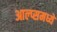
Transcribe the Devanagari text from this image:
आल्प्समध्ये